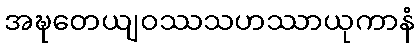
အဍ္ဎတေယျဝဿသဟဿာယုကာနံ